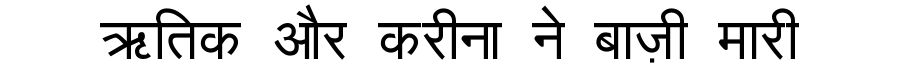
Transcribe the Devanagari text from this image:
ऋतिक और करीना ने बाज़ी मारी